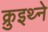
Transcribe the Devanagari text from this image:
क्रुइथ्ने